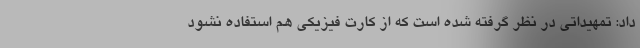
داد: تمهیداتی در نظر گرفته شده است که از کارت فیزیکی هم استفاده نشود